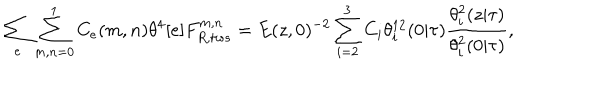
LaTeX: \sum _ { e } \sum _ { m , n = 0 } ^ { 1 } C _ { e } ( m , n ) \theta ^ { 4 } [ e ] F _ { R , t w s } ^ { m , n } = E ( z , 0 ) ^ { - 2 } \sum _ { i = 2 } ^ { 3 } C _ { i } \theta _ { i } ^ { 1 2 } ( 0 | \tau ) \frac { \theta _ { i } ^ { 2 } ( z | \tau ) } { \theta _ { i } ^ { 2 } ( 0 | \tau ) } ,